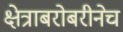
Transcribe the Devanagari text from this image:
क्षेत्राबरोबरीनेच